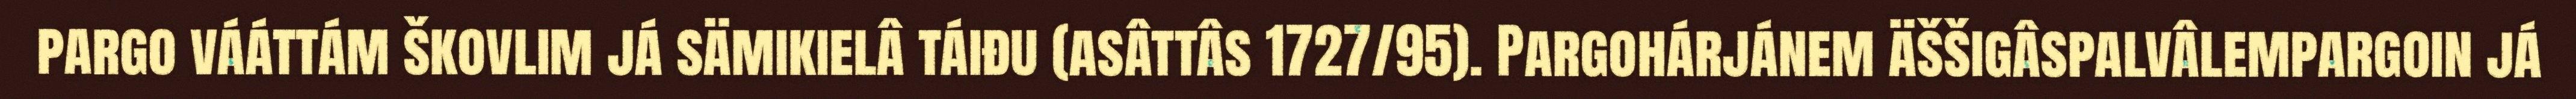
pargo vááttám škovlim já sämikielâ táiđu (asâttâs 1727/95). Pargohárjánem äššigâspalvâlempargoin já